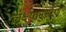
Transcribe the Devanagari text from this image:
लक्ष्यानुसरण